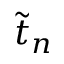
\Tilde { t } _ { n }